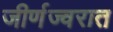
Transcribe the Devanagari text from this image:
जीर्णज्वरात